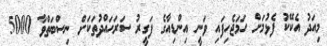
މިއަދު އެކޭކު ފެޅުމަށް ހަމަޖެހިފައި ވަނީ އިންޑިއާގެ ފަގީރު ސަރަހައްދުތަކަށް ނިސްބަތްވާ 5000